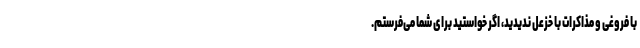
با فروغی و مذاکرات با خزعل ندیدید، اگر خواستید برای شما می‌فرستم.